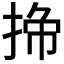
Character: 𭡁